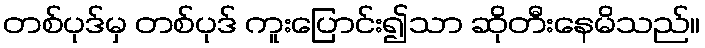
တစ်ပုဒ်မှ တစ်ပုဒ် ကူးပြောင်း၍သာ ဆိုတီးနေမိသည်။